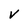
Character: v